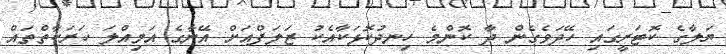
ޔަލާގެ ކޮޓަރީގައި ހޭދަވެގެން ދާ ކޮންމެ ހިނދުކޮޅަކާއެކު ޒަލަފްއަށް އޭނާގެ އަމިއްލަ ހަރަކާތްތައް